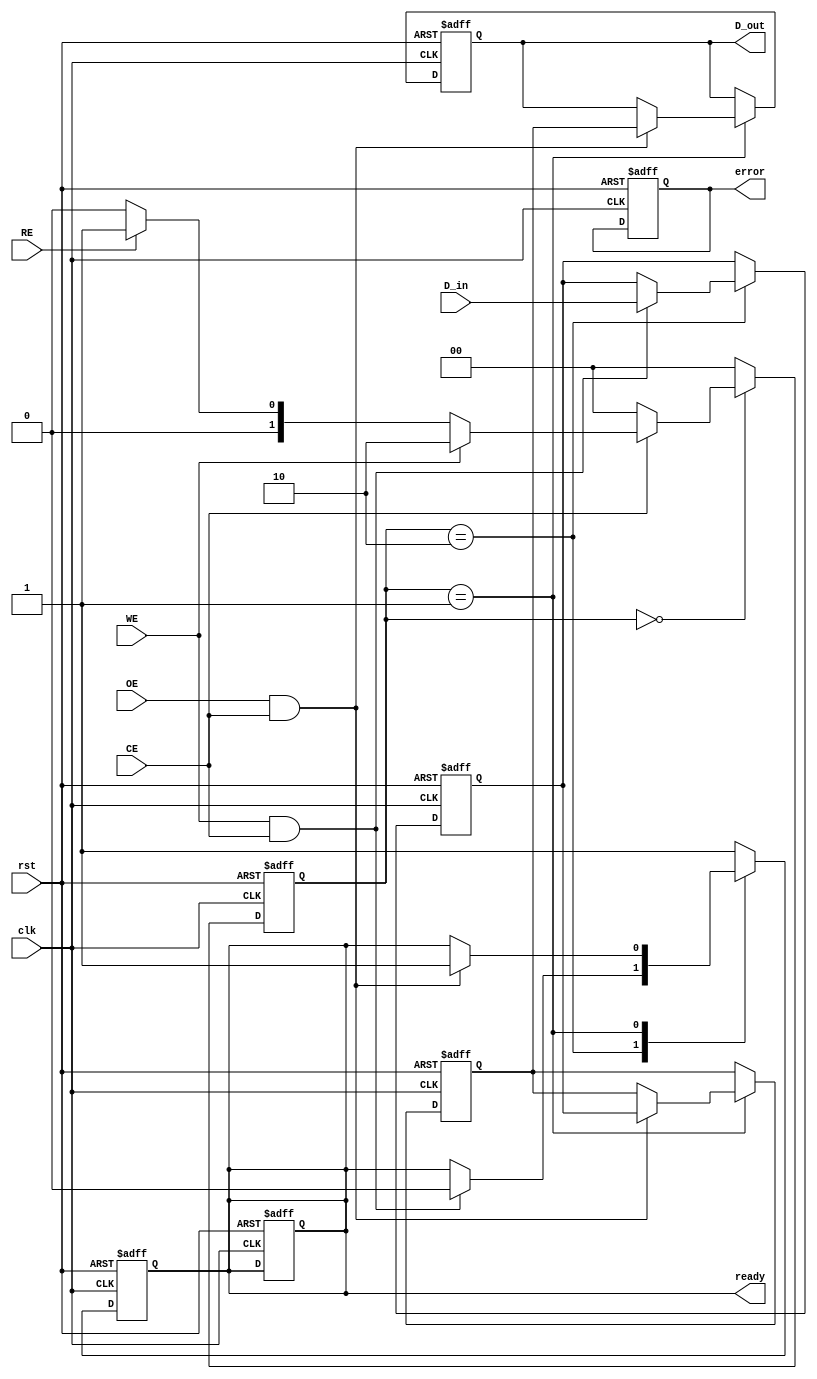
module qlc_nand_io_block (
    input wire [3:0] D_in,          // Data Inputs (D0-D3)
    output reg [3:0] D_out,         // Data Outputs (D0-D3)
    input wire RE,                  // Read Enable
    input wire WE,                  // Write Enable
    input wire CE,                  // Chip Enable
    input wire OE,                  // Output Enable
    input wire clk,                 // Clock signal
    input wire rst,                 // Reset signal
    output reg ready,               // Status Register: Ready/Busy
    output reg error                // Error indicator
);

// Internal signals
reg [3:0] data_latch;              // Input latch for data
reg [3:0] output_latch;            // Output latch for data
reg [3:0] command;                 // Command decoder register
reg [3:0] ecc_data;                // Error Correction Code data
reg busy;                           // Busy flag

// State definitions
localparam IDLE = 2'b00;
localparam READ = 2'b01;
localparam WRITE = 2'b10;
localparam ERASE = 2'b11;

reg [1:0] state, next_state;

// State machine for operation control
always @(posedge clk or posedge rst) begin
    if (rst) begin
        state <= IDLE;
        ready <= 1'b1;
        busy <= 1'b0;
    end else begin
        state <= next_state;
    end
end

// Next state logic
always @* begin
    case (state)
        IDLE: begin
            if (CE) begin
                if (WE) begin
                    next_state = WRITE;
                end else if (RE) begin
                    next_state = READ;
                end else begin
                    next_state = IDLE;
                end
            end else begin
                next_state = IDLE;
            end
        end
        
        WRITE: begin
            next_state = IDLE;
        end
        
        READ: begin
            next_state = IDLE;
        end
        
        default: next_state = IDLE;
    endcase
end

// Data latching and output logic
always @(posedge clk or posedge rst) begin
    if (rst) begin
        data_latch <= 4'b0000;
        output_latch <= 4'b0000;
        D_out <= 4'b0000;
        ready <= 1'b1;
        error <= 1'b0;
    end else begin
        case (state)
            WRITE: begin
                if (WE && CE) begin
                    data_latch <= D_in; // Latch input data
                    // Assume ECC generation here
                    ecc_data <= generate_ecc(data_latch); // Placeholder for ECC function
                    busy <= 1'b1;
                    ready <= 1'b0;
                end
            end
            
            READ: begin
                if (OE && CE) begin
                    output_latch <= data_latch; // Drive output data
                    D_out <= output_latch;
                    busy <= 1'b0;
                    ready <= 1'b1;
                end
            end
            
            default: begin
                // Handle any errors or idle state
                ready <= 1'b1;
                busy <= 1'b0;
            end
        endcase
    end
end

// Placeholder for ECC generation function
function [3:0] generate_ecc(input [3:0] data);
    // Implement your ECC generation logic here
    generate_ecc = data; // Simple pass-through for example
endfunction

endmodule